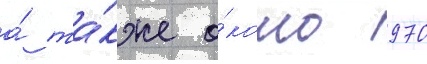
а́ та́кже о́коло 970